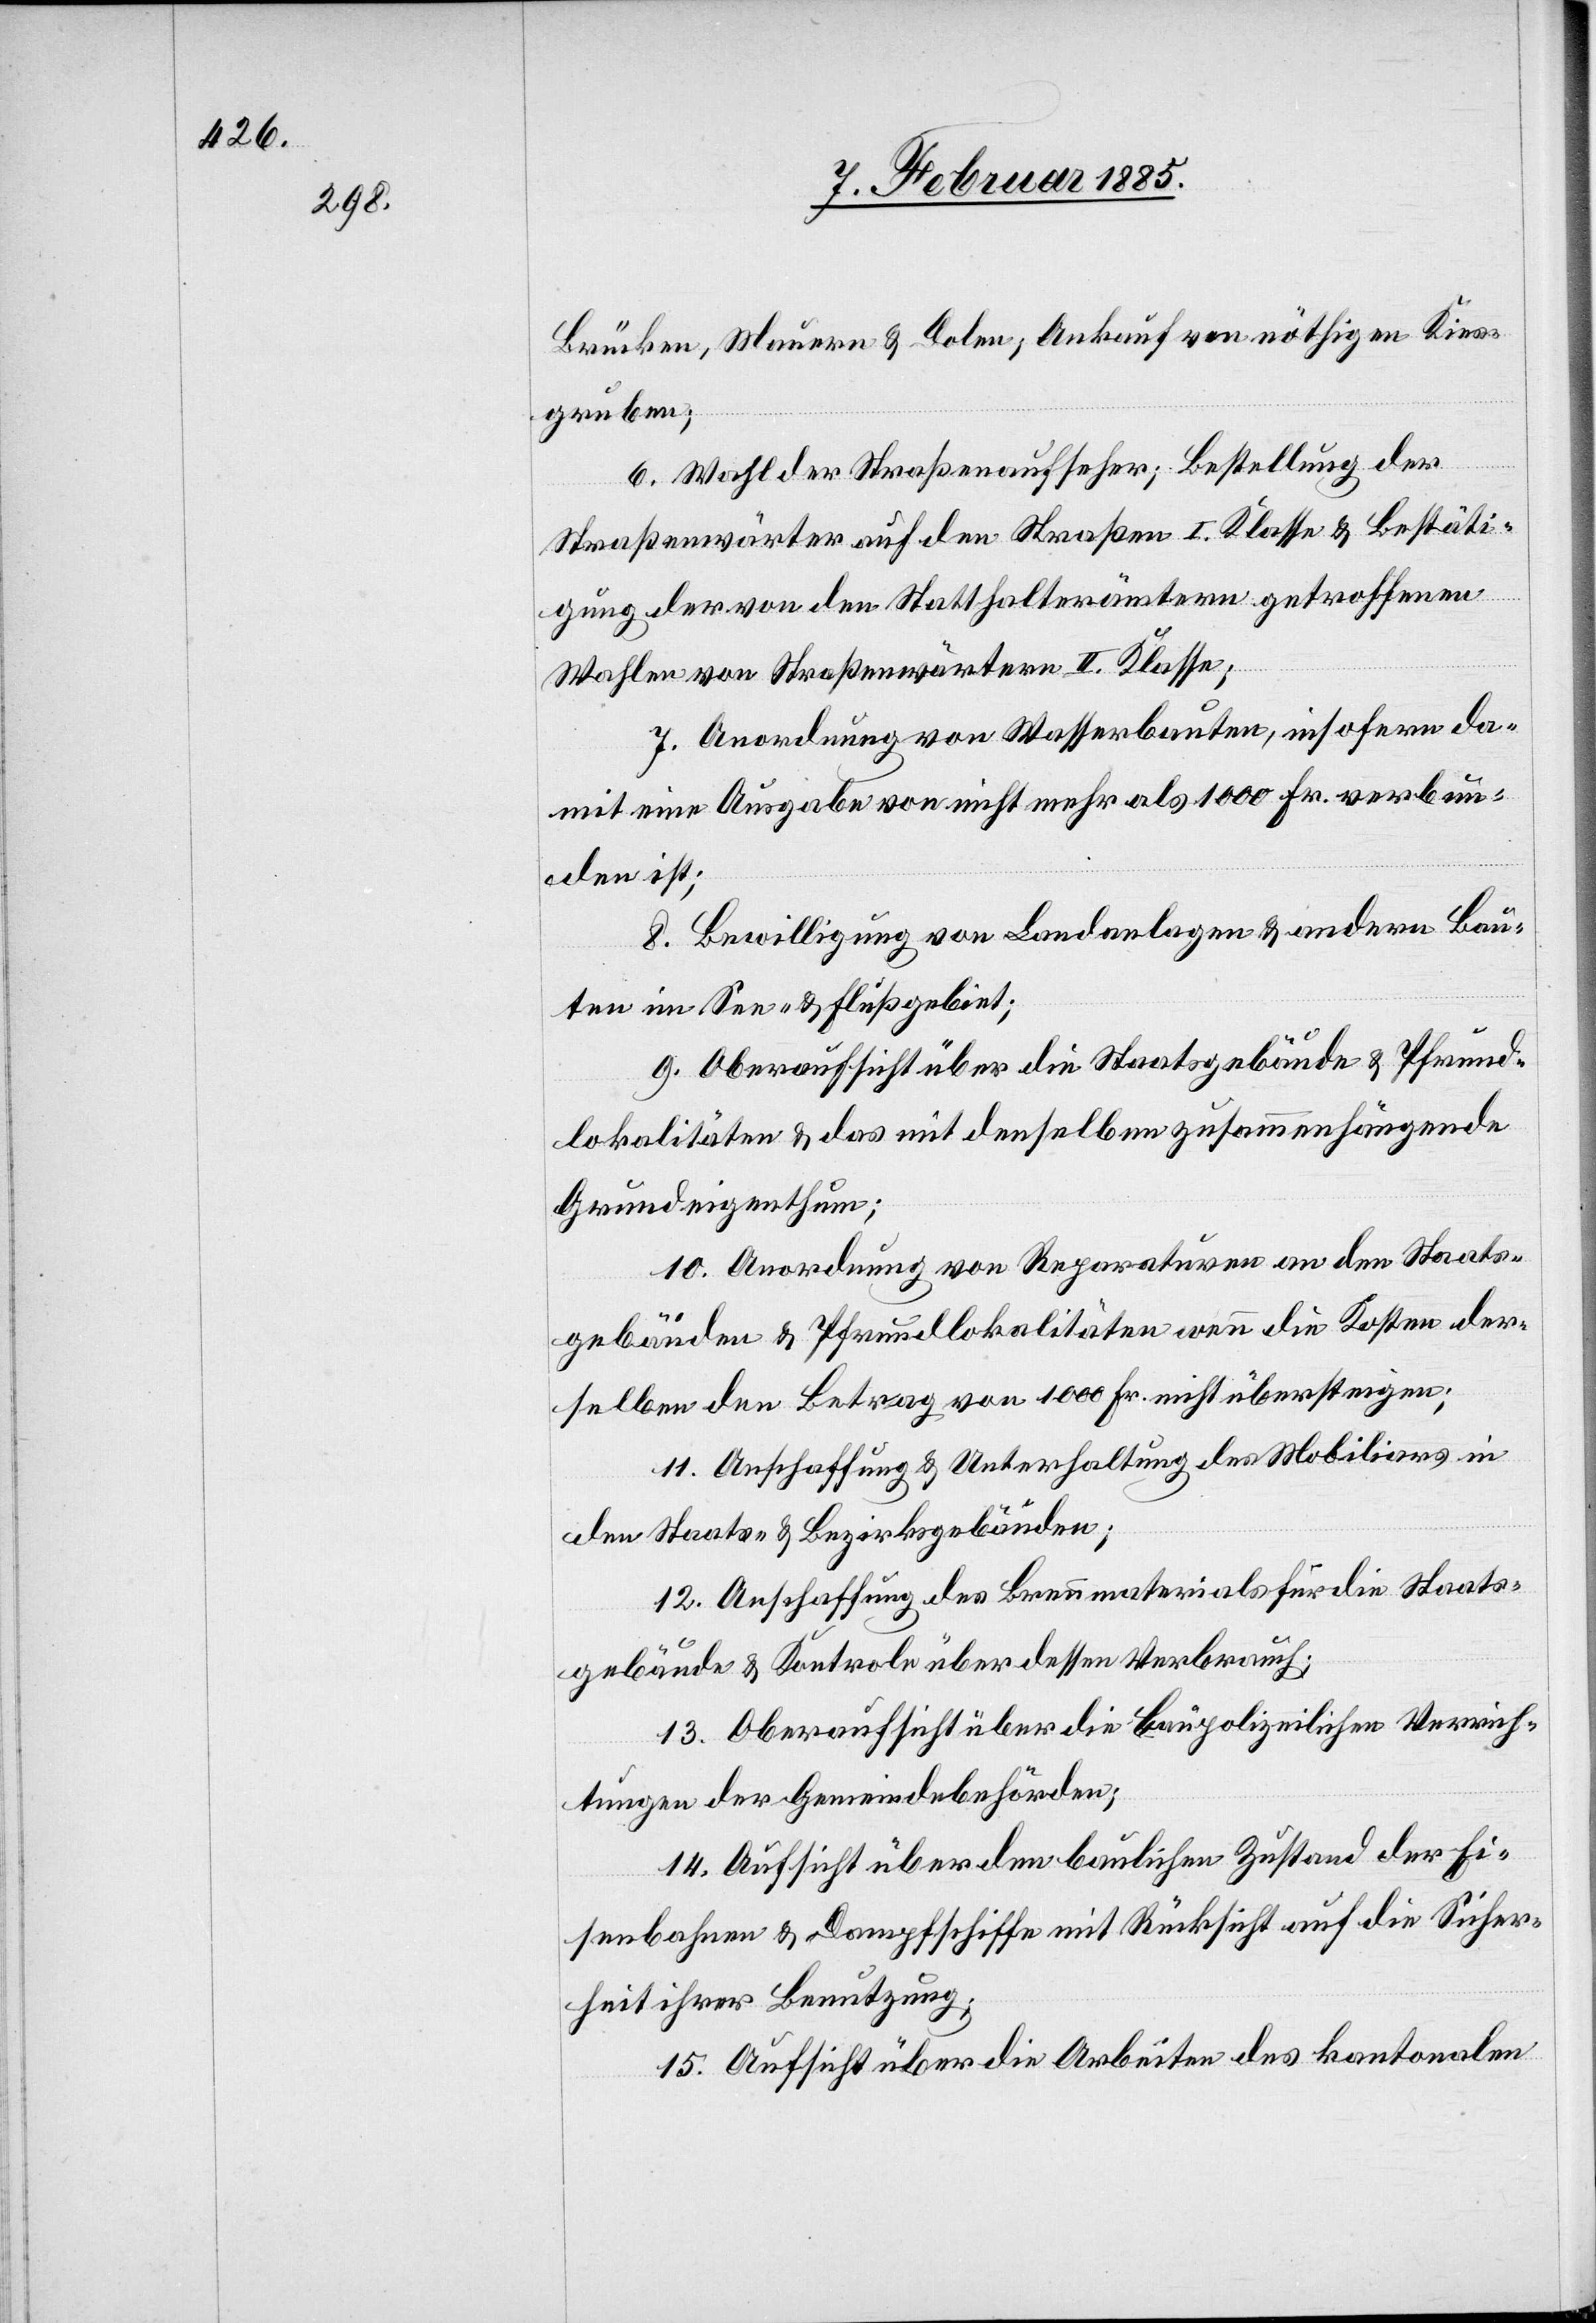
Brücken, Mauern & Dolen; Ankauf von nöthigen Kies¬
gruben;
6. Wahl der Straßenaufseher; Bestellung der
Straßenwärter auf den Straßen I. Klasse & Bestäti¬
gung der von den Statthalterämtern getroffenen
Wahlen von Straßenwärtern II. Klasse;
7. Anordnung von Wasserbauten, insofern da¬
mit eine Ausgabe von nicht mehr als 1000 Fr. verbun¬
den ist;
8. Bewilligung von Landanlagen & andern Bau¬
ten im See- & Flußgebiet;
9. Oberaufsicht über die Staatsgebäude & Pfrund¬
lokalitäten & das mit denselben zusammenhängende
Grundeigenthum;
10. Anordnung von Reparaturen an den Staats¬
gebäuden & Pfrundlokalitäten wenn die Kosten der¬
selben den Betrag von 1000 Fr. nicht übersteigen;
11. Anschaffung & Unterhaltung des Mobiliars in
den Staats- & Bezirksgebäuden;
12. Anschaffung des Brennmaterials für die Staats¬
gebäude & Kontrole über dessen Verbrauch;
13. Oberaufsicht über die baupolizeilichen Verrich¬
tungen der Gemeindebehörden;
14. Aufsicht über den baulichen Zustand der Ei¬
senbahnen & Dampfschiffe mit Rücksicht auf die Sicher¬
heit ihrer Benutzung;
15. Aufsicht über die Arbeiten des kantonalen